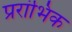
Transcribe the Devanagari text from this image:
प्ररांभिक